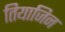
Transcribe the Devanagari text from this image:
तियाजिन